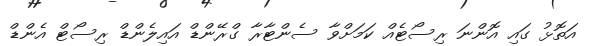
އަތޮޅު ގައި އޮންނަ ރިސޯޓެއް ކަމަށްވާ ސެންޓާރާ ގްރޭންޑް އައިލެންޑް ރިސޯޓް އެންޑް